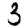
Digit: 3